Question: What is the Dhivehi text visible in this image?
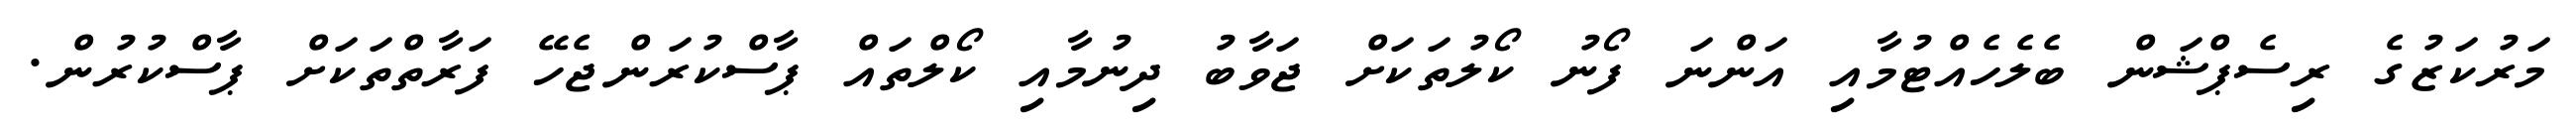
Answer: މަރުކަޒުގެ ރިސެޕްޝަން ބެލެހެއްޓުމާއި އަންނަ ފޯނު ކޯލުތަކަށް ޖަވާބު ދިނުމާއި ކޯލްތައް ޕާސްކުރަންޖެހޭ ފަރާތްތަކަށް ޕާސްކުރުން.